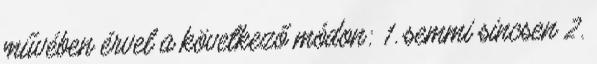
művében érvel a következő módon: 1. semmi sincsen 2.